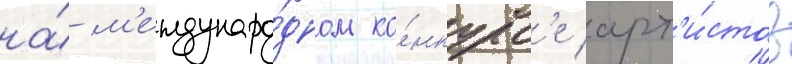
на́ м'еждунаро́дном ко́нкурс'е арт'и́стов